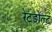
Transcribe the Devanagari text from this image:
रेटडोल्ट